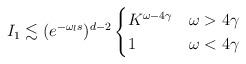
LaTeX: \begin{align*} I_{1}\lesssim (e^{-\omega_{l} s})^{d-2} \begin{cases} K^{\omega-4\gamma} & \omega>4\gamma\\ 1 & \omega<4\gamma \end{cases} \end{align*}